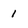
Character: 1